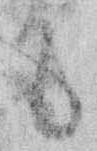
て